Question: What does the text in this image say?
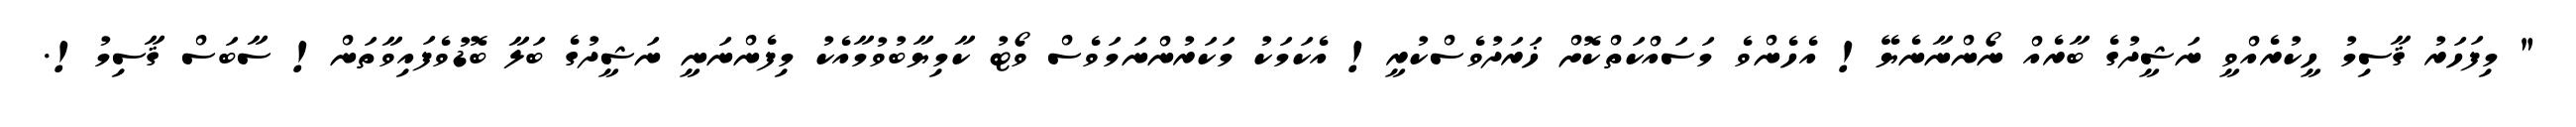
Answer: " މިފަހަރު ޤާސިމު ހީކުރެއްވީ ނަޝީދުގެ ބާރެއް ނޯންނާނެޔޭ! އެހެންވެ މަސައްކަތްކޮށް ޚަރަދުވެސްކުރީ! އެކަމަކު މަކަރުންނަމަވެސް ވޯޓު ކާމިޔާބުވުމާއެކު މިފެންނަނީ ނަޝީދުގެ ބަލާ ބޮޑުވެފައިވާތަން! ސާބަސް ޤާސިމު!.